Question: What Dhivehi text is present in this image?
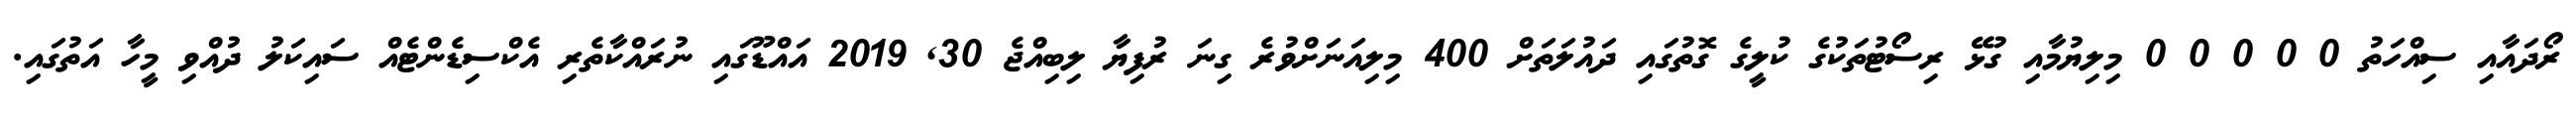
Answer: ރޯދައާއި ސިއްހަތު 0 0 0 0 0 މިލިޔުމާއި ގުޅޭ ރިސޯޓުތަކުގެ ކުލީގެ ގޮތުގައި ދައުލަތަށް 400 މިލިއަނަށްވުރެ ގިނަ ރުފިޔާ ލިބިއްޖެ 30, 2019 އައްޑޫގައި ނުރައްކާތެރި އެކްސިޑެންޓެއް ސައިކަލު ދުއްވި މީހާ އަތުގައި.